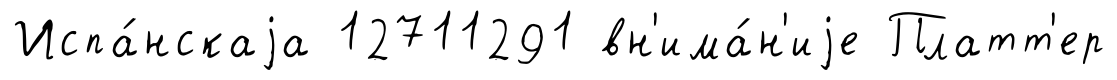
Испа́нскаjа 12711291 вн'има́н'иjе Платт'ер